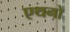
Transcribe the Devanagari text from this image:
एथनो